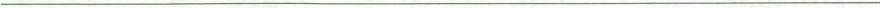
___